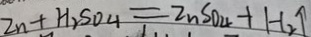
2 n + H _ { 2 } S O _ { 4 } = Z n S O _ { 4 } + H _ { 2 } \uparrow